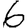
Digit: 6